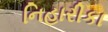
નિહારીકા